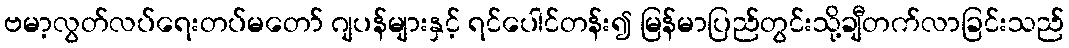
ဗမာ့လွတ်လပ်ရေးတပ်မတော် ဂျပန်များနှင့် ရင်ပေါင်တန်း၍ မြန်မာပြည်တွင်းသို့ချီတက်လာခြင်းသည်